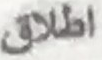
اطلاق